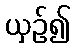
ယှဉ်၍